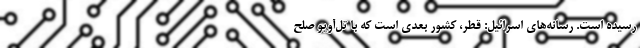
رسیده است. رسانه‌های اسرائیل: قطر، کشور بعدی است که با تل‌آویو صلح